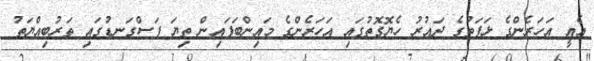
އެއީ އަހަރެންގެ ޅަފަތުގެ ދައުރު ހެޔޮގޮތުގައި އަހަރެންގެ މައިންބަފައިން ތިޔަ ފަސްގަނޑުގައި ތަރުބިއްޔަތު